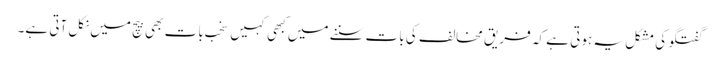
گفتگو کی مشکل یہ ہوتی ہے کہ فریق مخالف کی بات سننے میں کبھی کہیں سخب بات بھی بیچ میں نکل آتی ہے۔